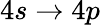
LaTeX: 4s\rightarrow 4p